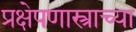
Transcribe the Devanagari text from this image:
प्रक्षेपणास्त्राच्या